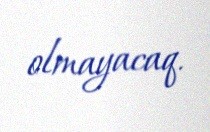
olmayacaq.